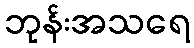
ဘုန်းအသရေ